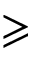
\geqslant